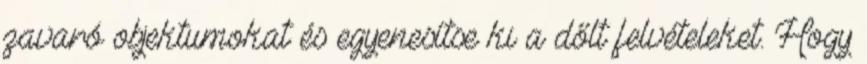
zavaró objektumokat és egyenesítse ki a dőlt felvételeket. Hogy